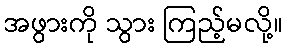
အဖွားကို သွား ကြည့်မလို့။